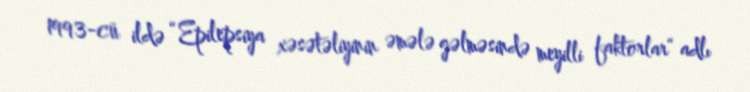
1993-cü ildə “Epilepsiya xəsətəliyinin əmələ gəlməsində meyilli faktorlar“ adlı